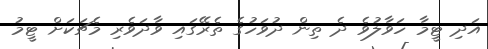
އަދި ޓީމާ ހަވާލުވެ ދެ ތިން ދުވަހުގެ ތެރޭގައި ވާދަވެރި މެޗަކަށް ޓީމު